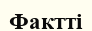
Фактті